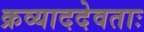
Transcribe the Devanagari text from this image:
क्रव्याददेवताः